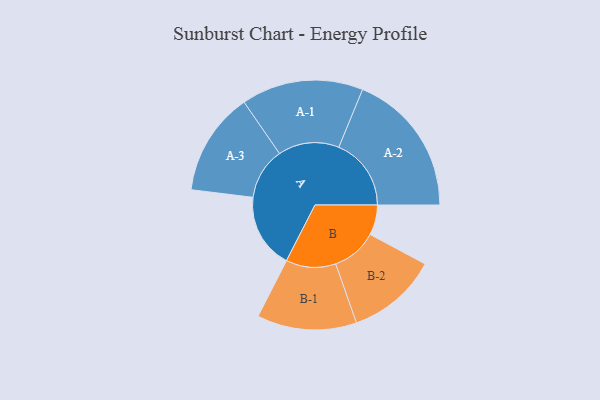
{"axis": {"x": "Segment", "y": "Value"}, "legend": ["", "A", "B"], "data": [{"x": "A", "y": 308, "type": ""}, {"x": "B", "y": 124, "type": ""}, {"x": "A-1", "y": 251, "type": "A"}, {"x": "A-2", "y": 298, "type": "A"}, {"x": "A-3", "y": 213, "type": "A"}, {"x": "B-1", "y": 205, "type": "B"}, {"x": "B-2", "y": 187, "type": "B"}]}